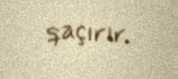
qaçırır.